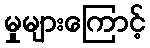
မှုများကြောင့်